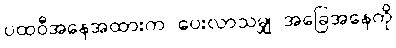
ပထဝီအနေအထားက ပေးလာသမျှ အခြေအနေကို